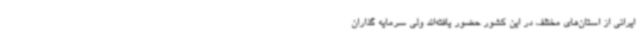
ایرانی از استان‌های مختلف در این کشور حضور یافته‌اند ولی سرمایه گذاران